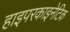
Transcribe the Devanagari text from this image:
हाइपरकाइनेटिक